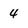
Character: 4